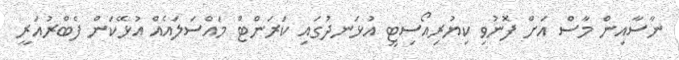
ނާސާއިން މާސް އަށް ފޮނުވި ކިޔުރިއޯސިޓީ އުޅަނދުގައި ކަރަންޓް މައްސަލައެއް އުޅޭކަން ފެބްރުއަރީ